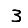
Digit: 3